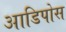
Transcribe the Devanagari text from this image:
आडिपोस